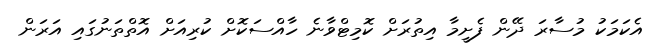
އެކަމަކު މުސާރަ ދޭން ފެށީމާ އިތުރަށް ކޮމިޓްވާނެ ހާއްސަކޮށް ކުރިއަށް އޮތްތަނުގައި އަރަން